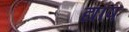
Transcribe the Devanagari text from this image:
द्यौष